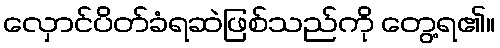
လှောင်ပိတ်ခံရဆဲဖြစ်သည်ကို တွေ့ရ၏။